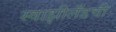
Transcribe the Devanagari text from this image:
स्वाझीलँडची